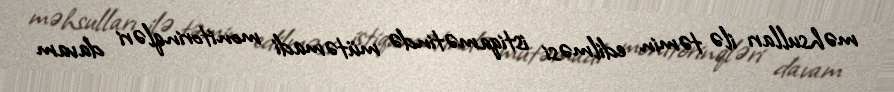
məhsulları ilə təmin edilməsi istiqamətində mütəmadi monitorinqləri davam